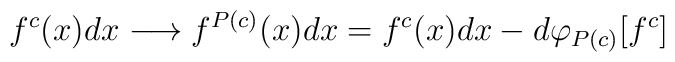
f^{c}(x) dx \longrightarrow f^{P(c)}(x) dx = f^{c}(x) dx - d \varphi_{P(c)}[f^{c}]